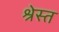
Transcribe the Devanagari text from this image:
श्रेस्त